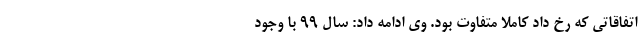
اتفاقاتی که رخ داد کاملاً متفاوت بود. وی ادامه داد: سال ۹۹ با وجود